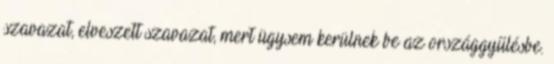
szavazat, elveszett szavazat, mert ügysem kerülnek be az országgyűlésbe.